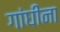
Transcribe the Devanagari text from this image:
गांघींना